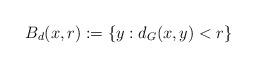
LaTeX: \begin{align*}B_d(x,r):=\left\{y:d_G(x,y)<r\right\}\end{align*}